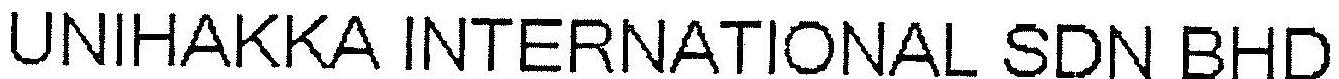
UNIHAKKA INTERNATIONAL SDN BHD